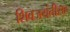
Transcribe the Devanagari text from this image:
शिवजयंतीसह